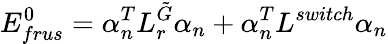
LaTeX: E_{frus}^{0}=\alpha_{n}^{T}L_{r}^{\tilde{G}}\alpha_{n}+\alpha_{n}^{T}L^{switch}\alpha_{n}